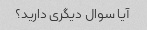
آیا سوال دیگری دارید؟